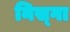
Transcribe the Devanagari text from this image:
निस्गा